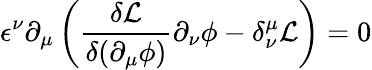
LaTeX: \epsilon^{\nu}\partial_{\mu}\left(\frac{\delta\mathcal{L}}{\delta(\partial_{\mu}\phi)}\partial_{\nu}\phi-\delta_{\nu}^{\mu}\mathcal{L}\right)=0